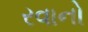
રવાનો